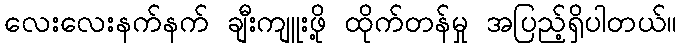
လေးလေးနက်နက် ချီးကျူးဖို့ ထိုက်တန်မှု အပြည့်ရှိပါတယ်။